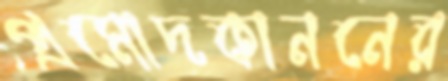
প্রমোদকাননের